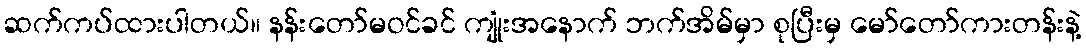
ဆက်ကပ်ထားပါတယ်။ နန်းတော်မဝင်ခင် ကျုံးအနောက် ဘက်အိမ်မှာ စုပြီးမှ မော်တော်ကားတန်းနဲ့